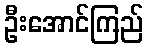
ဦးအောင်ကြည်